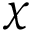
\chi